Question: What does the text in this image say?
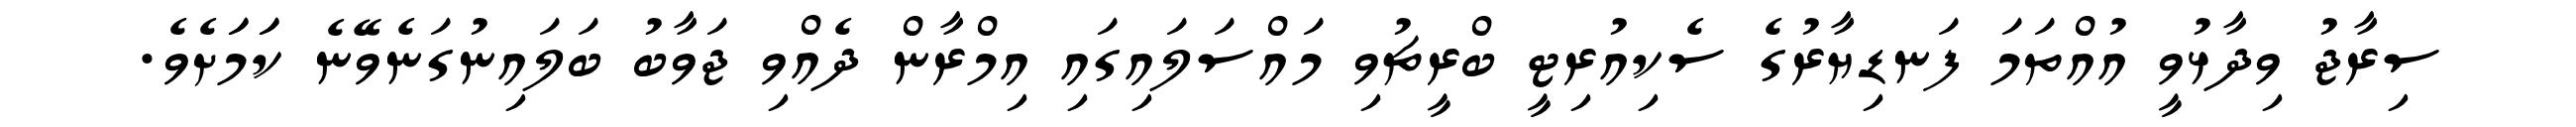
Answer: ސިރާޖު ވިދާޅުވީ އުއްތަމަ ފަނޑިޔާރުގެ ސެކިއުރިޓީ ބްރީޗުވި މައްސަލައިގައި އިމްރާން ދެއްވި ޖަވާބު ބަލައިނުގަނެވޭނެ ކަަމަަށެވެ.